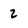
Character: 2